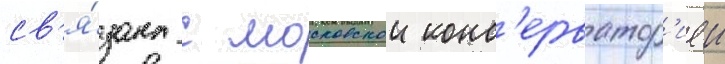
св'я́зана с московскои конс'ерватор'иеи